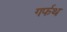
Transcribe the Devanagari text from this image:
गर्फथ